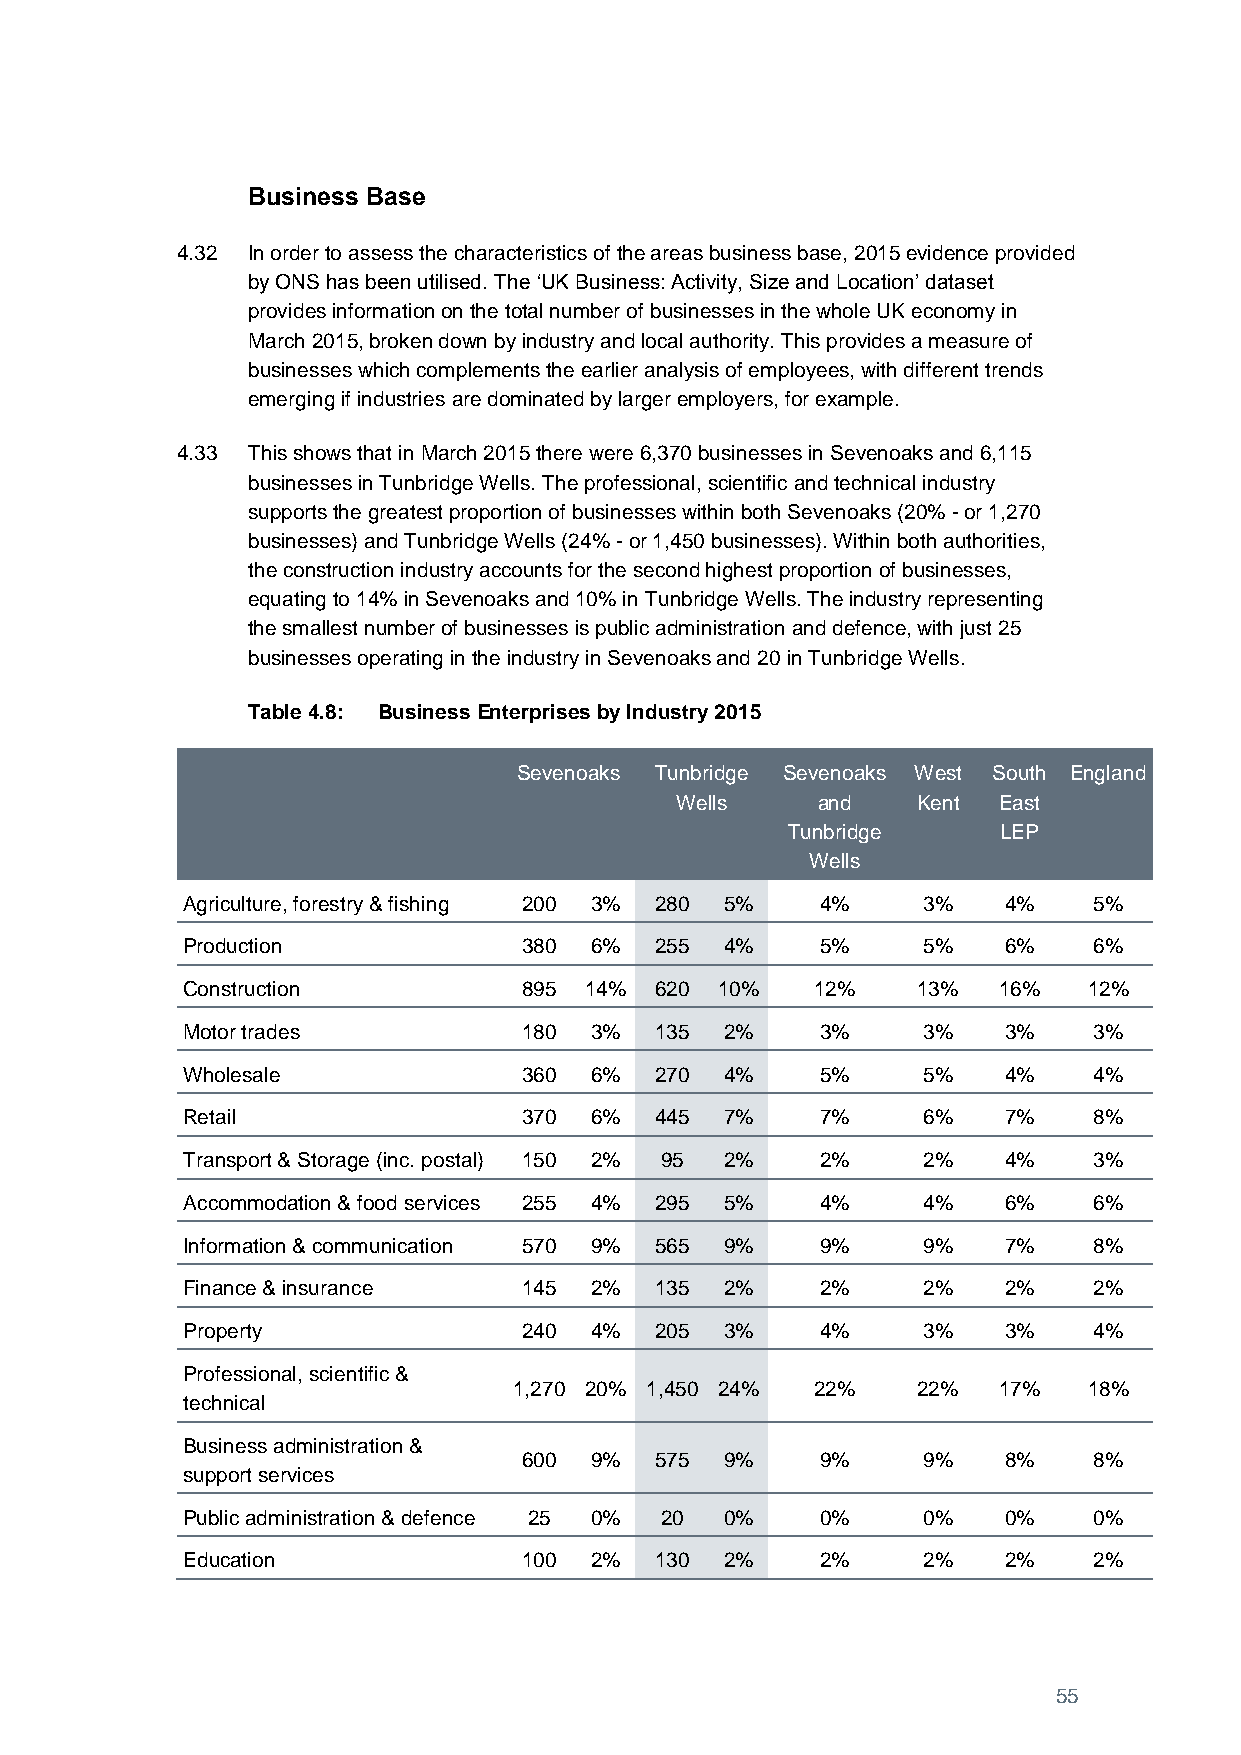
Business Base
 4.32 In order to assess the characteristics of the areas business base, 2015 evidence provided
 by ONS has been utilised. The ‘UK Business: Activity, Size and Location’ dataset
 provides information on the total number of businesses in the whole UK economy in
 March 2015, broken down by industry and local authority. This provides a measure of
 businesses which complements the earlier analysis of employees, with different trends
 emerging if industries are dominated by larger employers, for example.
 4.33 This shows that in March 2015 there were 6,370 businesses in Sevenoaks and 6,115
 businesses in Tunbridge Wells. The professional, scientific and technical industry
 supports the greatest proportion of businesses within both Sevenoaks (20% - or 1,270
 businesses) and Tunbridge Wells (24% - or 1,450 businesses). Within both authorities,
 the construction industry accounts for the second highest proportion of businesses,
 equating to 14% in Sevenoaks and 10% in Tunbridge Wells. The industry representing
 the smallest number of businesses is public administration and defence, with just 25
 businesses operating in the industry in Sevenoaks and 20 in Tunbridge Wells.
 Table 4.8: Business Enterprises by Industry 2015
 Sevenoaks Tunbridge Sevenoaks West South England
 Wells    and    Kent East
 Tunbridge     LEP
 Wells
 Agriculture, forestry & fishing 200 3% 280 5% 4% 3%   4%    5%
 Production             380 6%  255  4%    5%     5%   6%    6%
 Construction           895 14% 620  10%   12%    13%  16%   12%
 Motor trades           180 3%  135  2%    3%     3%   3%    3%
 Wholesale              360 6%  270  4%    5%     5%   4%    4%
 Retail                 370 6%  445  7%    7%     6%   7%    8%
 Transport & Storage (inc. postal) 150 2% 95 2% 2% 2%  4%    3%
 Accommodation & food services 255 4% 295 5% 4%   4%   6%    6%
 Information & communication 570 9% 565 9% 9%     9%   7%    8%
 Finance & insurance    145 2%  135  2%    2%     2%   2%    2%
 Property               240 4%  205  3%    4%     3%   3%    4%
 Professional, scientific &
 1,270 20% 1,450 24% 22%    22%  17%   18%
 technical
 Business administration &
 600 9%  575  9%    9%     9%   8%    8%
 support services
 Public administration & defence 25 0% 20 0% 0%   0%   0%    0%
 Education              100 2%  130  2%    2%     2%   2%    2%
 55